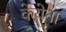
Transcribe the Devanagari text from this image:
केयेना